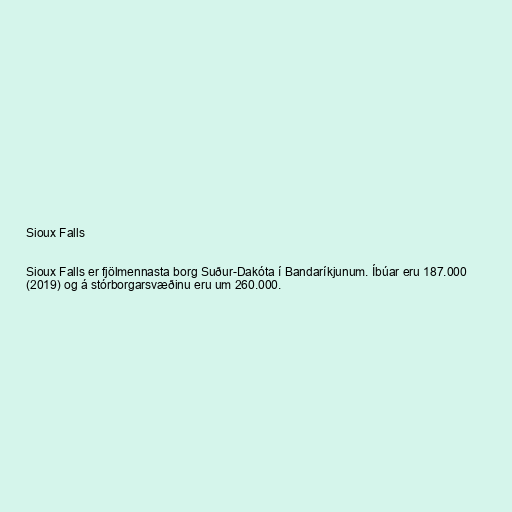
Sioux Falls

Sioux Falls er fjölmennasta borg Suður-Dakóta í Bandaríkjunum. Íbúar eru 187.000
(2019) og á stórborgarsvæðinu eru um 260.000.